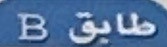
طابق0